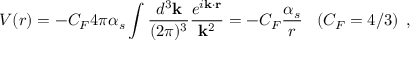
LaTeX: V ( r ) = - C _ { F } 4 \pi \alpha _ { s } \int \frac { d ^ { 3 } { \bf k } } { ( 2 \pi ) ^ { 3 } } \frac { e ^ { i { \bf k } \cdot { \bf r } } } { { \bf k } ^ { 2 } } = - C _ { F } \frac { \alpha _ { s } } { r } \; \; \; ( C _ { F } = 4 / 3 ) \; \, ,